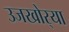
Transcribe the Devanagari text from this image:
उजखोर्‍या